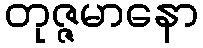
တုဇ္ဇမာနော